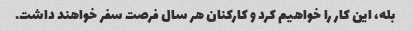
بله، این کار را خواهیم کرد و کارکنان هر سال فرصت سفر خواهند داشت.